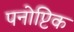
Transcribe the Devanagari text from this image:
पनोप्टिक